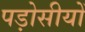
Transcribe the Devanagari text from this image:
पड़ोसीयों